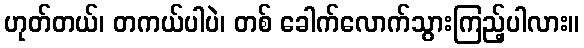
ဟုတ်တယ်၊ တကယ်ပါပဲ၊ တစ် ခေါက်လောက်သွားကြည့်ပါလား။